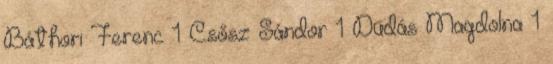
Báthori Ferenc 1 Csősz Sándor 1 Dudás Magdolna 1